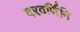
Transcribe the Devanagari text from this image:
वरवर्णिनि